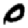
Digit: 0